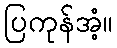
ပြကုန်အံ့။